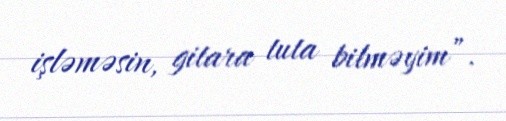
işləməsin, gitara tuta bilməyim”.